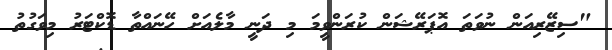
"ސިޒޭރިއަން ނުވަތަ އޮޕަރޭޝަން ކުރަންވީމަ މި ދަނީ މާލެއަށް ހޭނައްތާ ޑޮކްޓަރު މިވަގުތު